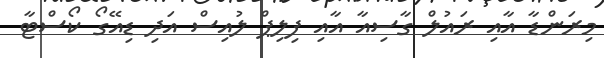
މިރަންޑާ އާއި ރައުލް ގާސިއާ އާއި ފިލިޕް ލުއިސް އަދި ޑިއޭގޯ ކޯސްޓާ